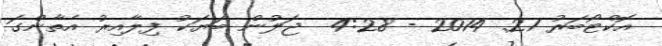
އޮކްޓޯބަރު 21